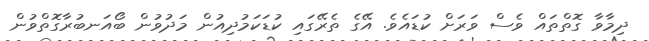
ދިމާވާ ގޮތްތައް ވެސް ވަރަށް ކުޑައެވެ. އޭގެ ތެރޭގައި ކުޑަކަމުދިއުން މަދުވުން ބޯއަނބުރާގޮތްވުން